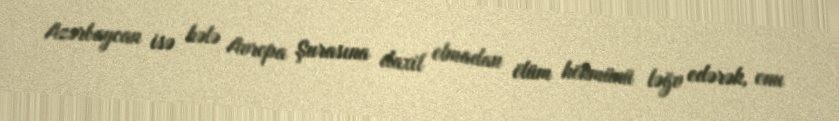
Azərbaycan isə hələ Avropa Şurasına daxil olmadan ölüm hökmünü ləğv edərək, onu